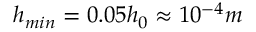
h _ { m i n } = 0 . 0 5 h _ { 0 } \approx 1 0 ^ { - 4 } m